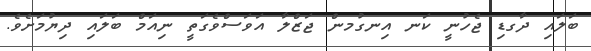
ބަލައި ދާގޑި ޖެހުނީ ކަނ އިނގުމން ޖަޒްލާ އަވަސްވެގަތީ ނިއަމް ބަލައި ދިޔުމަށެވެ.